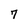
Character: 7